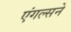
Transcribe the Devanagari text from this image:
एंगल्सने